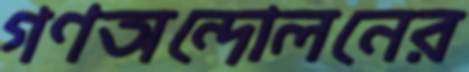
গণঅন্দোলনের